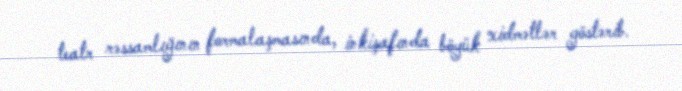
teatr rəssamlığının formalaşmasında, inkişafında böyük xidmətlər göstərib.